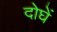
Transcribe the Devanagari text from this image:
दोघें